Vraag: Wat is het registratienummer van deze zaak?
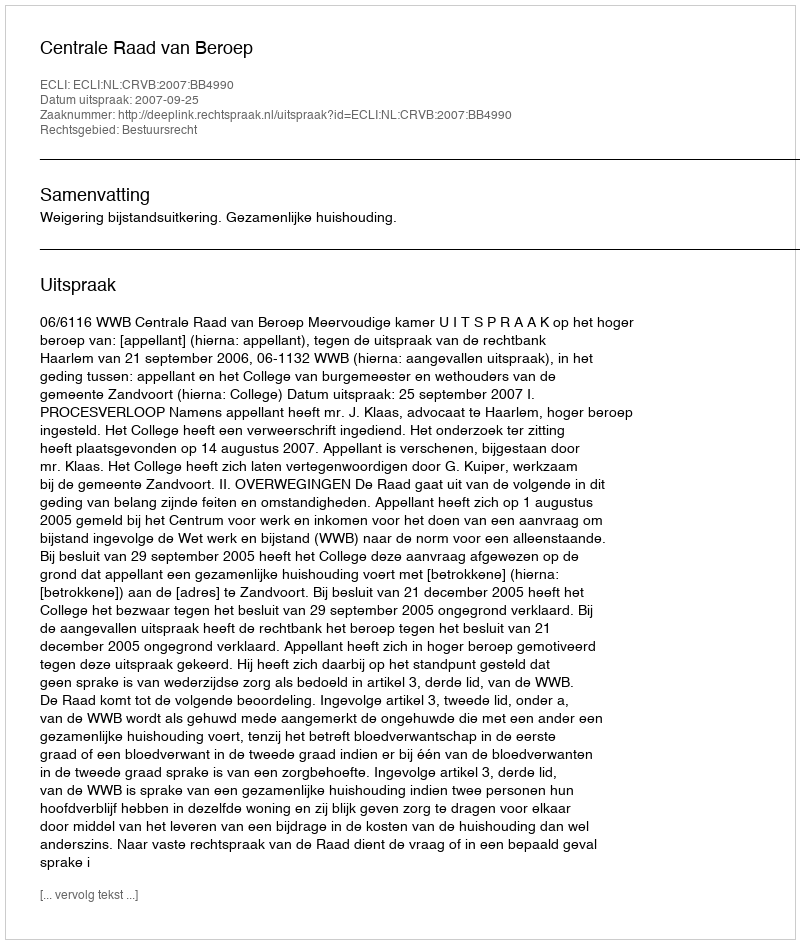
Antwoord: http://deeplink.rechtspraak.nl/uitspraak?id=ECLI:NL:CRVB:2007:BB4990